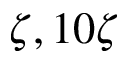
\zeta , 1 0 \zeta